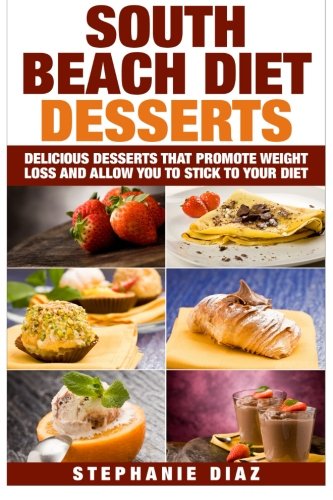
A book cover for South Beach Diet Desserts: Delicious Desserts That Promote Weight Loss and Allow You To Stick To Your Diet; Stephanie Diaz; Cookbooks, Food & Wine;